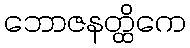
ဘောဇနတ္ထိကေ